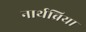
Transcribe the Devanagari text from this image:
नार्थब्रिया